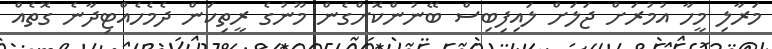
މަރާލި މީހާ އުމުރަށް ޖަލަށް ލައިފިބިސް ބޭނުންކޮށްގެން މޫނުގެ ރީތިކަން ދެމެހެއްޓިދާނެ ގޮތެއް